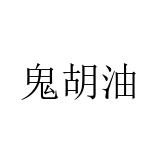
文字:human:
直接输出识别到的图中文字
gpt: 鬼胡油